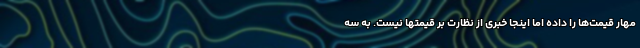
مهار قیمت‌ها را داده اما اینجا خبری از نظارت بر قیمتها نیست. به سه